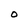
Character: O